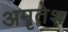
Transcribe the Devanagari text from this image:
अमृतेश